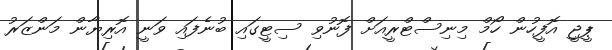
ޕީޖީ އޮފީހުން ހޯމް މިނިސްޓްރީއަށް ފޮނުވި ސިޓީގައި ބުނެފައި ވަނީ އޮރިޔާން މަންޒަރު